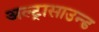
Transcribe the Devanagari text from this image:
अल्‍ट्रासाउन्‍ड